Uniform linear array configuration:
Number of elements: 48
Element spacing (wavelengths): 0.5
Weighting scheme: kaiser
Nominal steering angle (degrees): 30
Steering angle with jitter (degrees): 29.988
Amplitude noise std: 0.05
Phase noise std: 0.05

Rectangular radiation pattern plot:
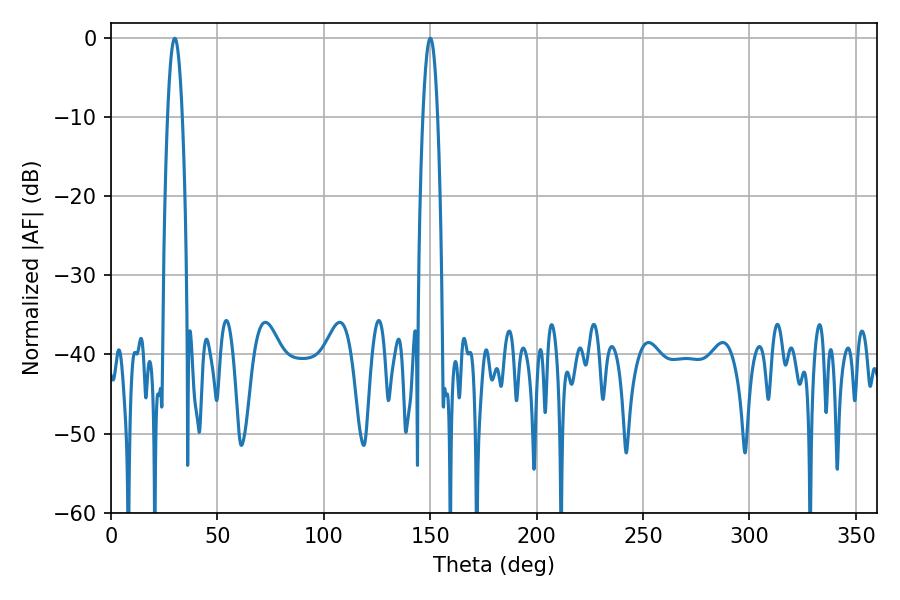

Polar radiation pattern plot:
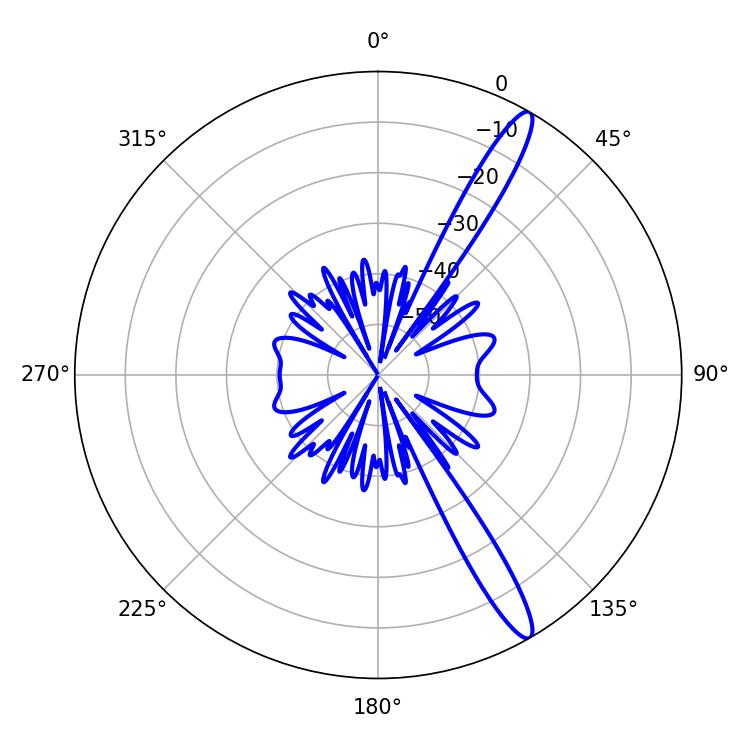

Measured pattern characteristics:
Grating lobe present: FALSE
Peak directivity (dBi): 14.42
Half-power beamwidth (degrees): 3.78
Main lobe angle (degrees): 150.12